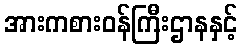
အားကစားဝန်ကြီးဌာနနှင့်